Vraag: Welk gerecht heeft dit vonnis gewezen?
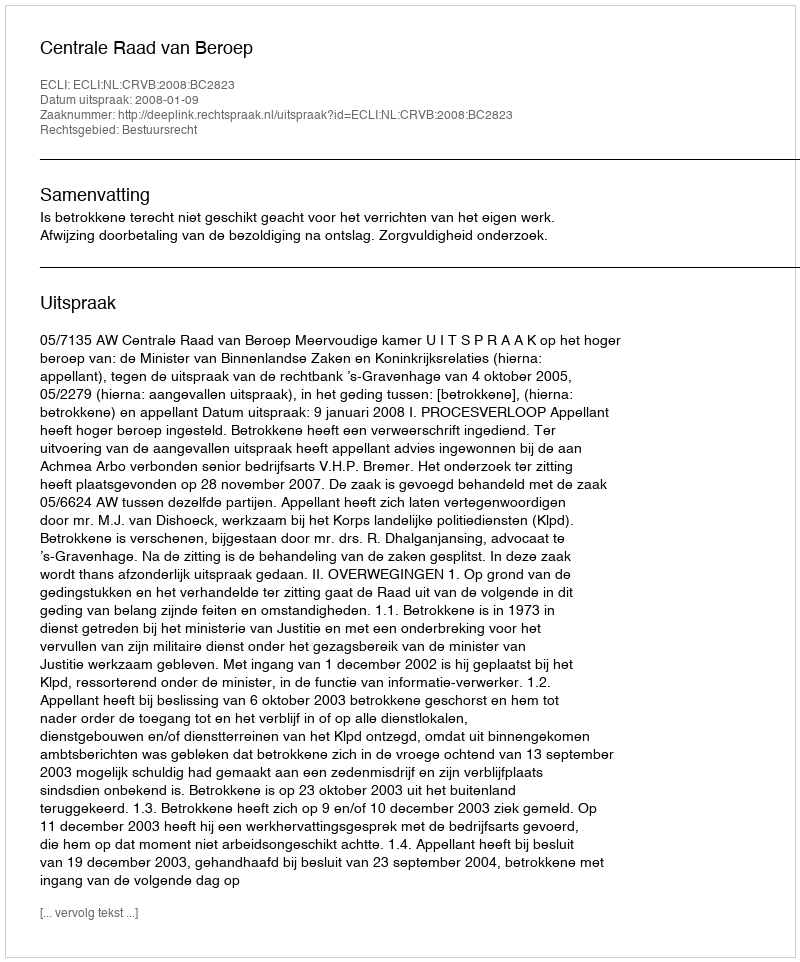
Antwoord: Centrale Raad van Beroep